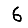
Digit: 6